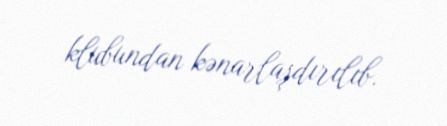
klubundan kənarlaşdırılıb.